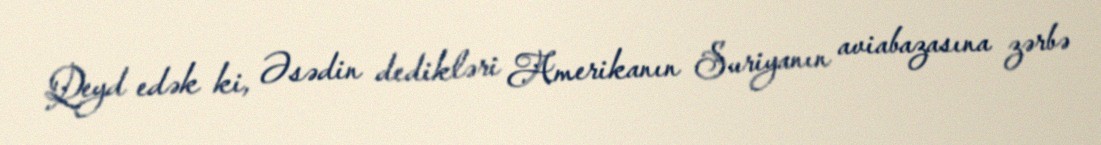
Qeyd edək ki, Əsədin dedikləri Amerikanın Suriyanın aviabazasına zərbə